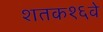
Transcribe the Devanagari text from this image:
शतक१६वे